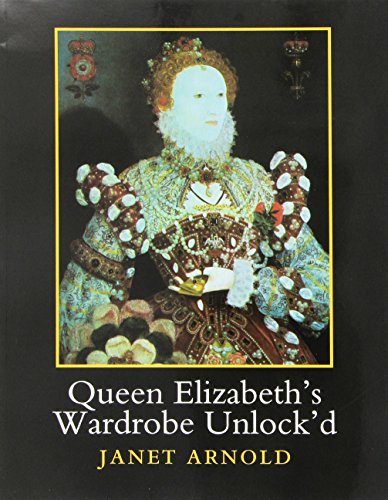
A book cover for Queen Elizabeth's Wardrobe Unlock'd; Crafts, Hobbies & Home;